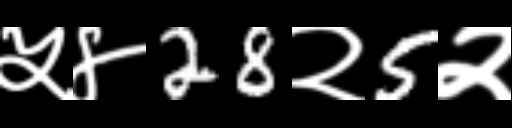
Text: ५४28२5२